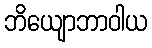
ဘိယျောဘာဝါယ